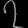
Digit: ၇